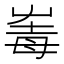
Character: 𡴛